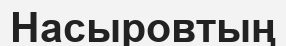
Насыровтың